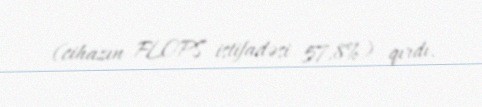
(cihazın FLOPS istifadəsi 57,8%) qırdı.